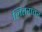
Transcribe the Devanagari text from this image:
लितरातर